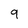
Character: 9